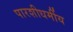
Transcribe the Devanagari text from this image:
पारशीधर्मीय